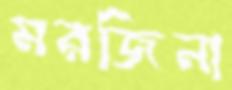
মরজিনা